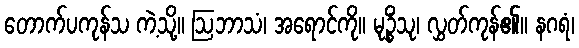
တောက်ပကုန်သ ကဲ့သို့။ ဩဘာသံ၊ အရောင်ကို။ မုဉ္စိံသု၊ လွှတ်ကုန်၏။ နဂရံ၊